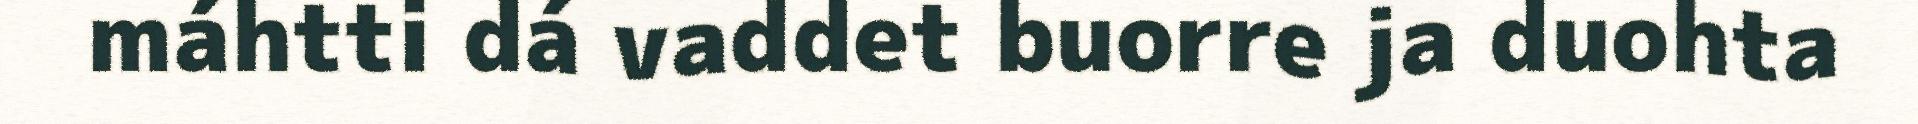
máhtti dá vaddet buorre ja duohta